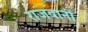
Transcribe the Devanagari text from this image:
राजवानी